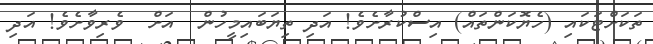
ތަކަށްޓަކައި (ހެޔޮކަންތައް) އިސްކުރާށެވެ! އަދި ތިޔަބައިމީހުން  އަށް  ވެރިވާށެވެ! އަދި